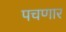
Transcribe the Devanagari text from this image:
पचणार